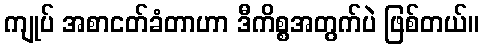
ကျုပ် အစာငတ်ခံတာဟာ ဒီကိစ္စအတွက်ပဲ ဖြစ်တယ်။